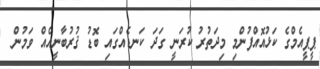
ޕީޕީއެމްގެ ކަޅުއޮއްފުންމި މިދަތުރު ކުރަނީ ގަދަ ކަނޑެއްގައި ބޮޑު ޤުރުބާނީއެއް ވަމުން